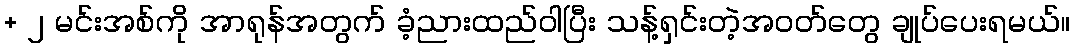
+ ၂ မင်းအစ်ကို အာရုန်အတွက် ခံ့ညားထည်ဝါပြီး သန့်ရှင်းတဲ့အဝတ်တွေ ချုပ်ပေးရမယ်။